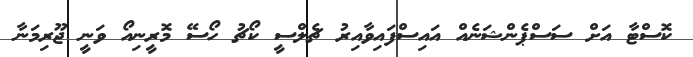
ކޮސްޓާ އަށް ސަސްޕެންޝަނެއް އައިސްފައިވާއިރު ޗެލްސީ ކޯޗު ހޯސޭ މޮރީނިއޯ ވަނީ ޖޫރިމަނާ